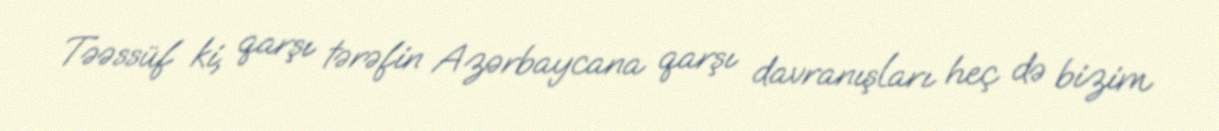
Təəssüf ki, qarşı tərəfin Azərbaycana qarşı davranışları heç də bizim